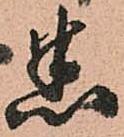
悉